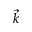
\vec { k }